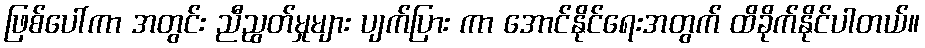
ဖြစ်ပေါ်ကာ အတွင်း ညီညွတ်မှုများ ပျက်ပြား ကာ အောင်နိုင်ရေးအတွက် ထိခိုက်နိုင်ပါတယ်။